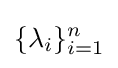
\{\lambda _{i}\}_{i=1}^{n}